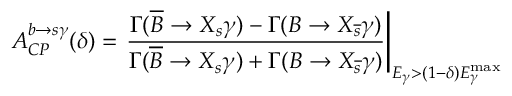
A _ { C P } ^ { b \rightarrow s \gamma } ( \delta ) = \left. \frac { \Gamma ( \overline { { { B } } } \rightarrow X _ { s } \gamma ) - \Gamma ( B \rightarrow X _ { \overline { { { s } } } } \gamma ) } { \Gamma ( \overline { { { B } } } \rightarrow X _ { s } \gamma ) + \Gamma ( B \rightarrow X _ { \overline { { { s } } } } \gamma ) } \right| _ { E _ { \gamma } > ( 1 - \delta ) E _ { \gamma } ^ { \mathrm { m a x } } } \,